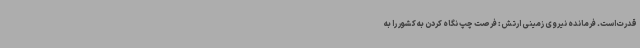
قدرت است. فرمانده نیروی زمینی ارتش: فرصت چپ نگاه کردن به کشور را به